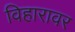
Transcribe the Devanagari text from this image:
विहारावर